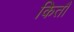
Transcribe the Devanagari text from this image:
कितौ